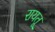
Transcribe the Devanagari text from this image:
रायतू